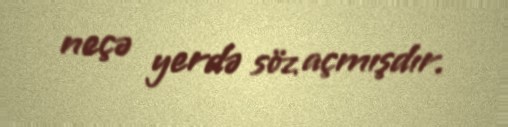
neçə yerdə söz açmışdır.